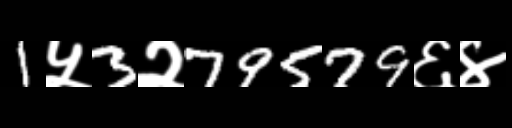
Text: 1५3२79579६४